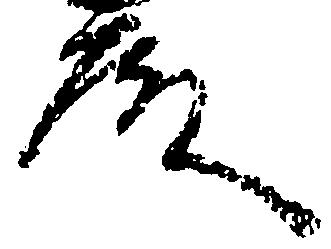
殿